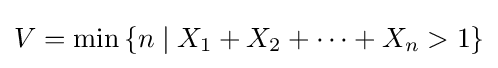
V=\min \left\{n\mid X_{1}+X_{2}+\cdots +X_{n}>1\right\}